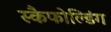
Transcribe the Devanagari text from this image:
स्कैफोल्डिंग